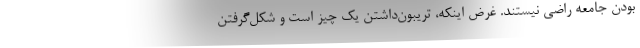
بودن جامعه راضی نیستند. غرض اینکه، تریبون‌داشتن یک چیز است و شکل‌گرفتن